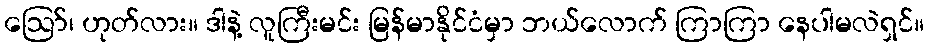
ဪ၊ ဟုတ်လား။ ဒါနဲ့ လူကြီးမင်း မြန်မာနိုင်ငံမှာ ဘယ်လောက် ကြာကြာ နေပါမလဲရှင်။